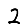
Digit: 2